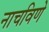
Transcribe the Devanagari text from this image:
नाचविणे